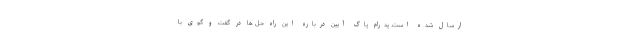
ارسال شده است. پدرام پاک آیین درباره این راه حل ها در گفت و گوی با